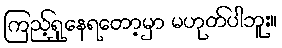
ကြည့်ရှုနေရတော့မှာ မဟုတ်ပါဘူး။